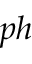
_ { p h }